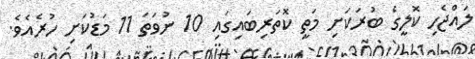
ލައްޖެހި ކޮލީގެ ބުރަކަށި މަތީ ކޮތަރިބައިގައި 10 ނުވަތަ 11 މަޑުކަށި ހުރެއެވެ.